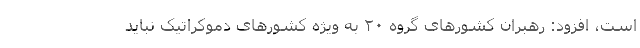
است، افزود: رهبران کشورهای گروه ۲۰ به ویژه کشورهای دموکراتیک نباید